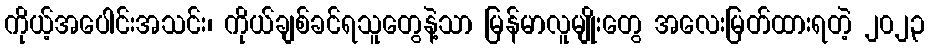
ကိုယ့်အပေါင်းအသင်း၊ ကိုယ်ချစ်ခင်ရသူတွေနဲ့သာ မြန်မာလူမျိုးတွေ အလေးမြတ်ထားရတဲ့ ၂၀၂၃